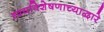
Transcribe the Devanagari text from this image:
दृश्यविशेषणाच्याद्वारे